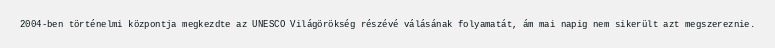
2004-ben történelmi központja megkezdte az UNESCO Világörökség részévé válásának folyamatát, ám mai napig nem sikerült azt megszereznie.